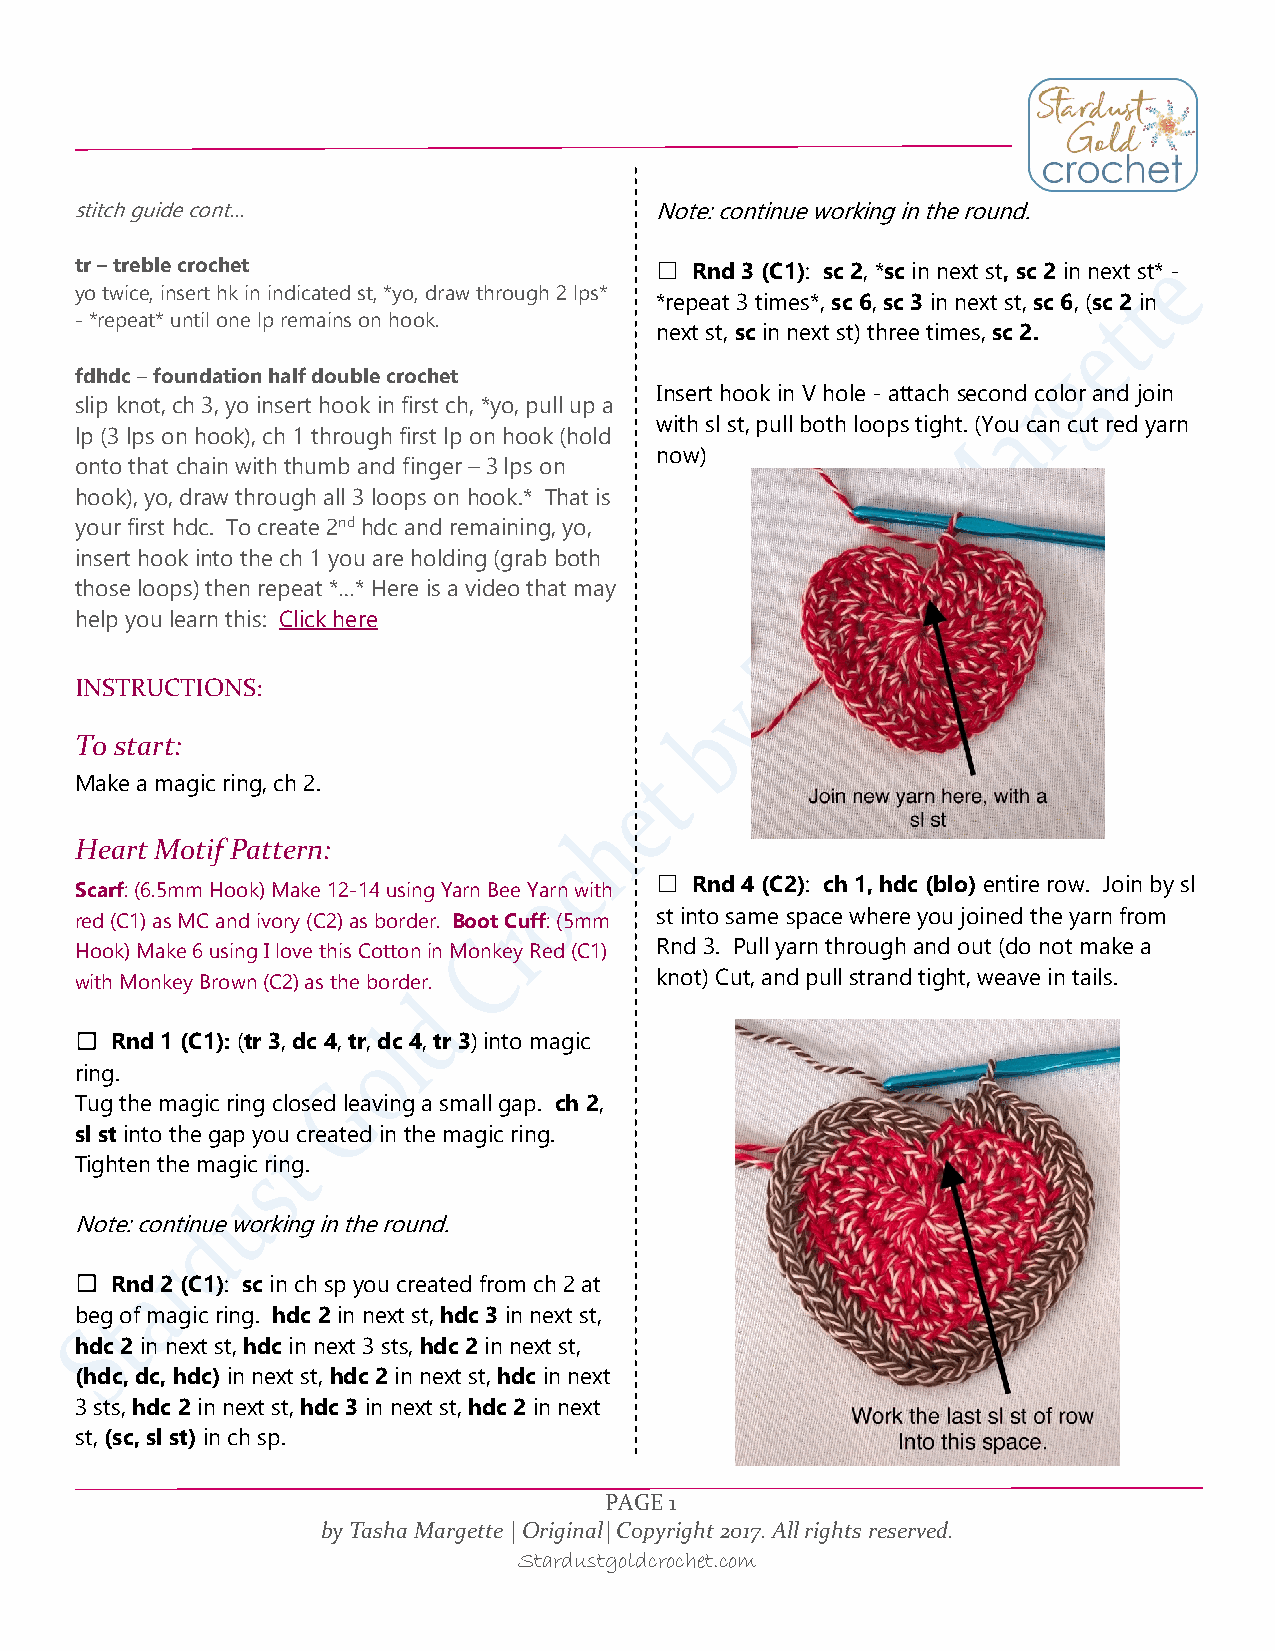
stitch guide cont…                    Note: continue working in the round.
 tr – treble crochet                   ☐  Rnd 3 (C1): sc 2, *sc in next st, sc 2 in next st* -
 yo twice, insert hk in indicated st, *yo, draw through 2 lps*
 *repeat 3 times*, sc 6, sc 3 in next st, sc 6, (sc 2 in
 - *repeat* until one lp remains on hook.
 next st, sc in next st) three times, sc 2.
 fdhdc – foundation half double crochet
 Insert hook in V hole - attach second color and join
 slip knot, ch 3, yo insert hook in first ch, *yo, pull up a
 with sl st, pull both loops tight. (You can cut red yarn
 lp (3 lps on hook), ch 1 through first lp on hook (hold
 now)
 onto that chain with thumb and finger – 3 lps on
 hook), yo, draw through all 3 loops on hook.* That is
 your first hdc. To create 2nd hdc and remaining, yo,
 insert hook into the ch 1 you are holding (grab both
 those loops) then repeat *…* Here is a video that may
 help you learn this: Click here
 INSTRUCTIONS:
 To start:
 Make a magic ring, ch 2.
 Heart Motif Pattern:
 ☐  Rnd 4 (C2): ch 1, hdc (blo) entire row. Join by sl
 Scarf: (6.5mm Hook) Make 12-14 using Yarn Bee Yarn with
 red (C1) as MC and ivory (C2) as border. Boot Cuff: (5mm st into same space where you joined the yarn from
 Hook) Make 6 using I love this Cotton in Monkey Red (C1) Rnd 3. Pull yarn through and out (do not make a
 with Monkey Brown (C2) as the border. knot) Cut, and pull strand tight, weave in tails.
 ☐ Rnd 1 (C1): (tr 3, dc 4, tr, dc 4, tr 3) into magic
 ring.
 Tug the magic ring closed leaving a small gap. ch 2,
 sl st into the gap you created in the magic ring.
 Tighten the magic ring.
 Note: continue working in the round.
 ☐ Rnd 2 (C1): sc in ch sp you created from ch 2 at
 beg of magic ring. hdc 2 in next st, hdc 3 in next st,
 hdc 2 in next st, hdc in next 3 sts, hdc 2 in next st,
 (hdc, dc, hdc) in next st, hdc 2 in next st, hdc in next
 3 sts, hdc 2 in next st, hdc 3 in next st, hdc 2 in next
 st, (sc, sl st) in ch sp.
 PAGE 1
 by Tasha Margette | Original| Copyright 2017. All rights reserved.
 Stardustgoldcrochet.com